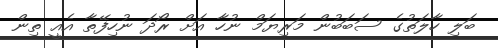
ބަލި ހާލަތުގެ ސަބަބުން މަރިޔަމް ނުހާ އަށް ރޯދަ ނުހިފޭތާ އެއީ ތިން